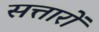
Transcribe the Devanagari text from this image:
सत्तारों